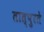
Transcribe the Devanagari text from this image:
तात्पुरतेे